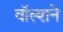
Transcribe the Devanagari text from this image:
वॉल्शने